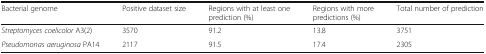
<table><thead><tr><td><b>Bacterial genome</b></td><td><b>Positive dataset size</b></td><td><b>Regions with at least one prediction (%)</b></td><td><b>Regions with more predictions (%)</b></td><td><b>Total number of prediction</b></td></tr></thead><tbody><tr><td><i>Streptomyces coelicolor</i> A3(2)</td><td>3570</td><td>91.2</td><td>13.8</td><td>3751</td></tr><tr><td><i>Pseudomonas aeruginosa</i> PA14</td><td>2117</td><td>91.5</td><td>17.4</td><td>2305</td></tr></tbody></table>